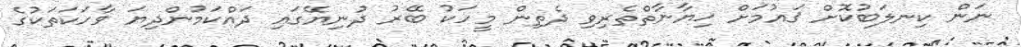
ނަން ކިނލަބުކޮށް ޤައުމަށް ޚިޔާނާތްތެރިވި ދެތިން މީހަކު ބޭރު ދުނިޔޭގައި ދައްކަމުންދިޔަ ވާހަކަތަކުގެ